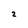
Character: 2